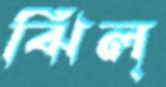
ঝিল্